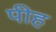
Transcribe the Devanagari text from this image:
पीह